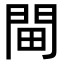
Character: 𨳸